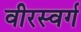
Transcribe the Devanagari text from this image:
वीरस्वर्ग